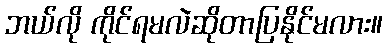
ဘယ်လို ကိုင်ရမလဲဆိုတာပြနိုင်မလား။